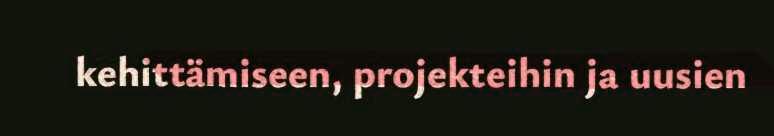
kehittämiseen, projekteihin ja uusien